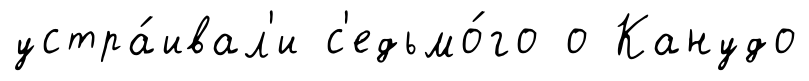
устра́ивал'и с'едьмо́го о Канудо